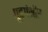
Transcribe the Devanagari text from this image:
गूढगंभीर